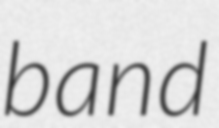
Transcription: band